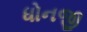
ધોનજી